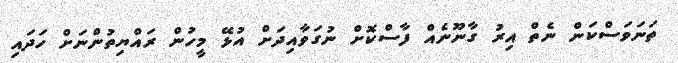
ތަނަވަސްކަން ނެތް އިރު ގާނޫނެއް ފާސްކޮށް ނުގަވާއިދަށް އުޅޭ މީހުން ރައްޔިތުންނަށް ހަދައި